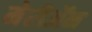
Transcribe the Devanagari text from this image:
मेरीॲन